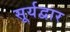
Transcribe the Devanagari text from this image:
सूर्यद्वार